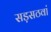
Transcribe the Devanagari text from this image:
सड़सठवां